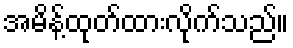
အမိန့်ထုတ်ထားလိုက်သည်။